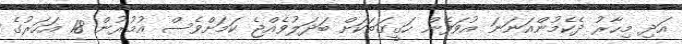
އަދި މިހާރު ދެކެމުންއަނަނަ އުވަފެން ހަގީގަތަކަށް ބަދަލުވެއްޖެ ކަމަށްވެސް އުމުރުން 18 އަހަރުގެ